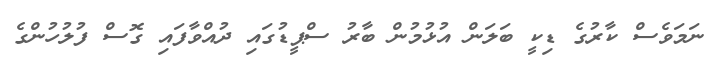
ނަމަވެސް ކާރުގެ ޑިކީ ބަލަން އުޅުމުން ބާރު ސްޕީޑުގައި ދުއްވާފައި ގޮސް ފުލުހުންގެ